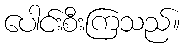
ပေါင်းစီးကြသည်။